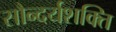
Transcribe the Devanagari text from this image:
सौन्दर्यशक्ति